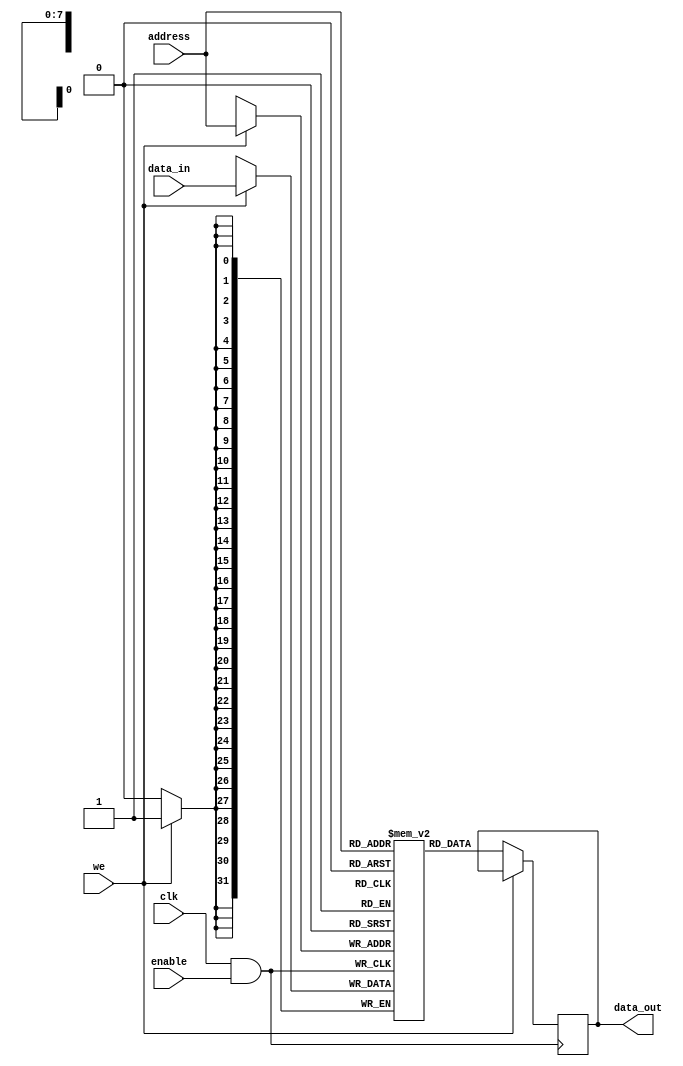
module memory_block (
    input wire clk,                      // Main clock signal
    input wire enable,                   // Enable signal for clock gating
    input wire [7:0] address,            // Address for read/write
    input wire [31:0] data_in,           // Data input for write
    input wire we,                       // Write enable signal
    output reg [31:0] data_out           // Data output for read
);

    // Memory array: 256 x 32-bit
    reg [31:0] mem_array [0:255];

    // Clock gating logic
    wire gated_clk;
    assign gated_clk = clk && enable; // Clock is enabled only when `enable` is high

    // Memory operation
    always @(posedge gated_clk) begin
        if (we) begin
            // Write operation
            mem_array[address] <= data_in;
        end else begin
            // Read operation
            data_out <= mem_array[address];
        end
    end

    // Test mode for clock gating verification
    // Additional logic can be added here for testability

endmodule